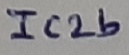
Text: IC2b